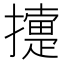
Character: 𢷟